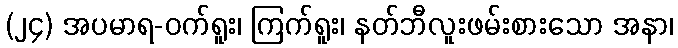
(၂၄) အပမာရ-ဝက်ရူး၊ ကြက်ရူး၊ နတ်ဘီလူးဖမ်းစားသော အနာ၊